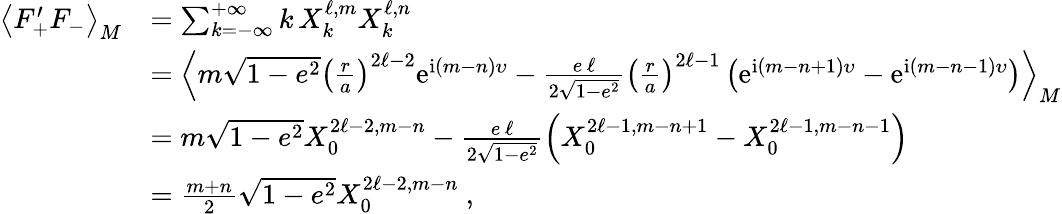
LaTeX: \begin{array}{rl}{\left\langle F_{+}^{\prime}F_{-}\right\rangle_{M}}&{=\sum_{k=-\infty}^{+\infty}k\, X_{k}^{\ell,m}X_{k}^{\ell,n}}\\ &{=\left\langle m\sqrt{1-e^{2}}\left(\frac{r}{a}\right)^{2\ell-2}\mathrm{e}^{\mathrm{i}(m-n)\upsilon}-\frac{e\, \ell}{2\sqrt{1-e^{2}}}\left(\frac{r}{a}\right)^{2\ell-1}\left(\mathrm{e}^{\mathrm{i}(m-n+1)\upsilon}-\mathrm{e}^{\mathrm{i}(m-n-1)\upsilon}\right)\right\rangle_{M}}\\ &{=m\sqrt{1-e^{2}}X_{0}^{2\ell-2,m-n}-\frac{e\, \ell}{2\sqrt{1-e^{2}}}\left(X_{0}^{2\ell-1,m-n+1}-X_{0}^{2\ell-1,m-n-1}\right)}\\ &{=\frac{m+n}{2}\sqrt{1-e^{2}}X_{0}^{2\ell-2,m-n}\ ,}\end{array}